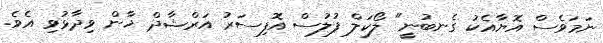
ނަމަވެސް އޮޔާއެކު ގެނބުނީ" ލޯކަލް ފުލުސް އޮފިސަރު އަރްޝާދް ޚާން ވިދާޅުވި އެވެ.